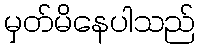
မှတ်မိနေပါသည်